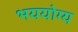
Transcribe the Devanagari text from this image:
भययोग्य